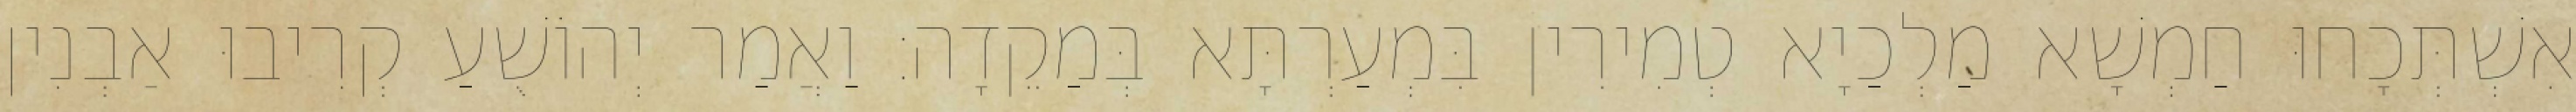
אִשְׁתְּכָחוּ חַמְשָׁא מַלְכַיָא טְמִירִין בִּמְעַרְתָּא בְּמַקֵדָה׃ וַאֲמַר יְהוֹשֻׁעַ קְרִיבוּ אַבְנִין